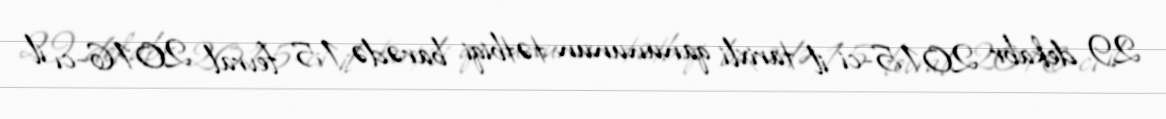
29 dekabr 2015-ci il tarixli qanununun tətbiqi barədə 15 fevral 2016-cı il